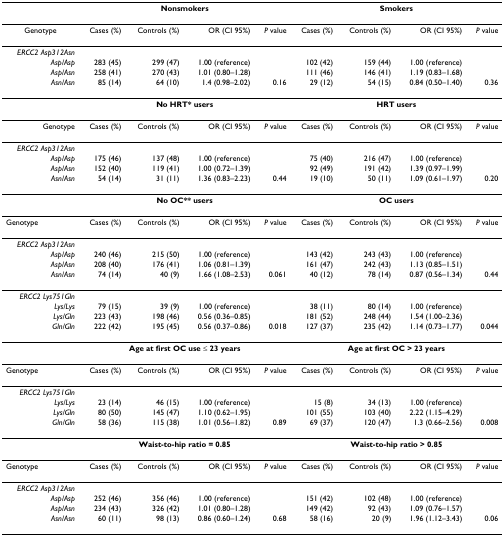
<table><thead><tr><td></td><td colspan="4"><b>Nonsmokers</b></td><td colspan="4"><b>Smokers</b></td></tr></thead><tbody><tr><td>Genotype</td><td>Cases (%)</td><td>Controls (%)</td><td>OR (CI 95%)</td><td><i>P </i>value</td><td>Cases (%)</td><td>Controls (%)</td><td>OR (CI 95%)</td><td><i>P </i>value</td></tr><tr><td><i>ERCC2 Asp312Asn</i></td><td></td><td></td><td></td><td></td><td></td><td></td><td></td><td></td></tr><tr><td><i>Asp/Asp</i></td><td>283 (45)</td><td>299 (47)</td><td>1.00 (reference)</td><td></td><td>102 (42)</td><td>159 (44)</td><td>1.00 (reference)</td><td></td></tr><tr><td><i>Asp/Asn</i></td><td>258 (41)</td><td>270 (43)</td><td>1.01 (0.80–1.28)</td><td></td><td>111 (46)</td><td>146 (41)</td><td>1.19 (0.83–1.68)</td><td></td></tr><tr><td><i>Asn/Asn</i></td><td>85 (14)</td><td>64 (10)</td><td>1.4 (0.98–2.02)</td><td>0.16</td><td>29 (12)</td><td>54 (15)</td><td>0.84 (0.50–1.40)</td><td>0.36</td></tr><tr><td></td><td colspan="4"><b>No HRT* users</b></td><td colspan="4"><b>HRT users</b></td></tr><tr><td>Genotype</td><td>Cases (%)</td><td>Controls (%)</td><td>OR (CI 95%)</td><td><i>P </i>value</td><td>Cases (%)</td><td>Controls (%)</td><td>OR (CI 95%)</td><td><i>P </i>value</td></tr><tr><td><i>ERCC2 Asp312Asn</i></td><td></td><td></td><td></td><td></td><td></td><td></td><td></td><td></td></tr><tr><td><i>Asp/Asp</i></td><td>175 (46)</td><td>137 (48)</td><td>1.00 (reference)</td><td></td><td>75 (40)</td><td>216 (47)</td><td>1.00 (reference)</td><td></td></tr><tr><td><i>Asp/Asn</i></td><td>152 (40)</td><td>119 (41)</td><td>1.00 (0.72–1.39)</td><td></td><td>92 (49)</td><td>191 (42)</td><td>1.39 (0.97–1.99)</td><td></td></tr><tr><td><i>Asn/Asn</i></td><td>54 (14)</td><td>31 (11)</td><td>1.36 (0.83–2.23)</td><td>0.44</td><td>19 (10)</td><td>50 (11)</td><td>1.09 (0.61–1.97)</td><td>0.20</td></tr><tr><td></td><td colspan="4"><b>No OC** users</b></td><td colspan="4"><b>OC users</b></td></tr><tr><td>Genotype</td><td>Cases (%)</td><td>Controls (%)</td><td>OR (CI 95%)</td><td><i>P </i>value</td><td>Cases (%)</td><td>Controls (%)</td><td>OR (CI 95%)</td><td><i>P </i>value</td></tr><tr><td><i>ERCC2 Asp312Asn</i></td><td></td><td></td><td></td><td></td><td></td><td></td><td></td><td></td></tr><tr><td><i>Asp/Asp</i></td><td>240 (46)</td><td>215 (50)</td><td>1.00 (reference)</td><td></td><td>143 (42)</td><td>243 (43)</td><td>1.00 (reference)</td><td></td></tr><tr><td><i>Asp/Asn</i></td><td>208 (40)</td><td>176 (41)</td><td>1.06 (0.81–1.39)</td><td></td><td>161 (47)</td><td>242 (43)</td><td>1.13 (0.85–1.51)</td><td></td></tr><tr><td><i>Asn/Asn</i></td><td>74 (14)</td><td>40 (9)</td><td>1.66 (1.08–2.53)</td><td>0.061</td><td>40 (12)</td><td>78 (14)</td><td>0.87 (0.56–1.34)</td><td>0.44</td></tr><tr><td><i>ERCC2 Lys751Gln</i></td><td></td><td></td><td></td><td></td><td></td><td></td><td></td><td></td></tr><tr><td><i>Lys/Lys</i></td><td>79 (15)</td><td>39 (9)</td><td>1.00 (reference)</td><td></td><td>38 (11)</td><td>80 (14)</td><td>1.00 (reference)</td><td></td></tr><tr><td><i>Lys/Gln</i></td><td>223 (43)</td><td>198 (46)</td><td>0.56 (0.36–0.85)</td><td></td><td>181 (52)</td><td>248 (44)</td><td>1.54 (1.00–2.36)</td><td></td></tr><tr><td><i>Gln/Gln</i></td><td>222 (42)</td><td>195 (45)</td><td>0.56 (0.37–0.86)</td><td>0.018</td><td>127 (37)</td><td>235 (42)</td><td>1.14 (0.73–1.77)</td><td>0.044</td></tr><tr><td></td><td colspan="4"><b>Age at first OC use ≤ 23 years</b></td><td colspan="4"><b>Age at first OC &gt; 23 years</b></td></tr><tr><td>Genotype</td><td>Cases (%)</td><td>Controls (%)</td><td>OR (CI 95%)</td><td><i>P </i>value</td><td>Cases (%)</td><td>Controls (%)</td><td>OR (CI 95%)</td><td><i>P </i>value</td></tr><tr><td><i>ERCC2 Lys751Gln</i></td><td></td><td></td><td></td><td></td><td></td><td></td><td></td><td></td></tr><tr><td><i>Lys/Lys</i></td><td>23 (14)</td><td>46 (15)</td><td>1.00 (reference)</td><td></td><td>15 (8)</td><td>34 (13)</td><td>1.00 (reference)</td><td></td></tr><tr><td><i>Lys/Gln</i></td><td>80 (50)</td><td>145 (47)</td><td>1.10 (0.62–1.95)</td><td></td><td>101 (55)</td><td>103 (40)</td><td>2.22 (1.15–4.29)</td><td></td></tr><tr><td><i>Gln/Gln</i></td><td>58 (36)</td><td>115 (38)</td><td>1.01 (0.56–1.82)</td><td>0.89</td><td>69 (37)</td><td>120 (47)</td><td>1.3 (0.66–2.56)</td><td>0.008</td></tr><tr><td></td><td colspan="4"><b>Waist-to-hip ratio = 0.85</b></td><td colspan="4"><b>Waist-to-hip ratio &gt; 0.85</b></td></tr><tr><td>Genotype</td><td>Cases (%)</td><td>Controls (%)</td><td>OR (CI 95%)</td><td><i>P </i>value</td><td>Cases (%)</td><td>Controls (%)</td><td>OR (CI 95%)</td><td><i>P </i>value</td></tr><tr><td><i>ERCC2 Asp312Asn</i></td><td></td><td></td><td></td><td></td><td></td><td></td><td></td><td></td></tr><tr><td><i>Asp/Asp</i></td><td>252 (46)</td><td>356 (46)</td><td>1.00 (reference)</td><td></td><td>151 (42)</td><td>102 (48)</td><td>1.00 (reference)</td><td></td></tr><tr><td><i>Asp/Asn</i></td><td>234 (43)</td><td>326 (42)</td><td>1.01 (0.80–1.28)</td><td></td><td>149 (42)</td><td>92 (43)</td><td>1.09 (0.76–1.57)</td><td></td></tr><tr><td><i>Asn/Asn</i></td><td>60 (11)</td><td>98 (13)</td><td>0.86 (0.60–1.24)</td><td>0.68</td><td>58 (16)</td><td>20 (9)</td><td>1.96 (1.12–3.43)</td><td>0.06</td></tr></tbody></table>